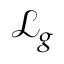
{ \mathcal { L } } _ { g }